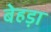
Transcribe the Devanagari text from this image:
बेहड़ा